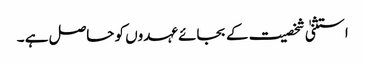
استثنیٰ شخصیت کے بجائے عہدوں کو حاصل ہے ۔